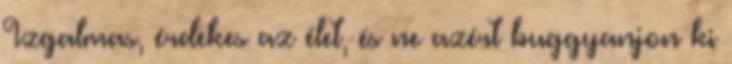
Izgalmas, érdekes az élet, és ne azért buggyanjon ki